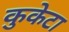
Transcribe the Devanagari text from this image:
कुकेटा